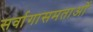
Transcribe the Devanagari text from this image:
सर्वागासमताओं